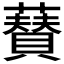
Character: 𮒟